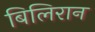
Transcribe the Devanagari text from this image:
बिलिरान